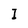
Character: I